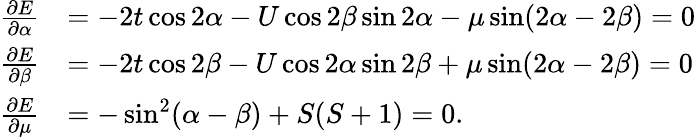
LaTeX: \begin{array}{rl}{\frac{\partial E}{\partial\alpha}}&{=-2t\cos 2\alpha-U\cos 2\beta\sin 2\alpha-\mu\sin(2\alpha-2\beta)=0}\\ {\frac{\partial E}{\partial\beta}}&{=-2t\cos 2\beta-U\cos 2\alpha\sin 2\beta+\mu\sin(2\alpha-2\beta)=0}\\ {\frac{\partial E}{\partial\mu}}&{=-\sin^{2}(\alpha-\beta)+S(S+1)=0.}\end{array}